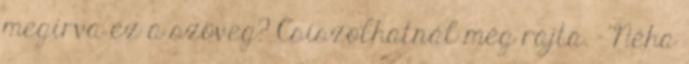
megírva ez a szöveg? Csiszolhatnál még rajta. - Néha